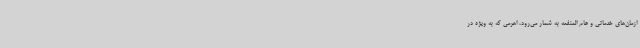
ازمان‌های خدماتی و عام المنفعه به شمار می‌رود، اهرمی که به ویژه در